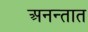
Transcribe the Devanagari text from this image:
अनन्तात